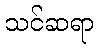
သင်ဆရာ